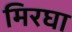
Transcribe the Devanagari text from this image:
मिरघा